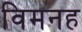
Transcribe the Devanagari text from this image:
विमनह